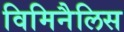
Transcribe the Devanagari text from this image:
विमिनैलिस